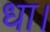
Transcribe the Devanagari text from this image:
धा।